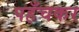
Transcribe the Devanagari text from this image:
पहँचकर